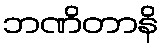
ဘဏိတာနိ